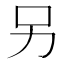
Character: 另